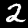
Label: 2